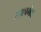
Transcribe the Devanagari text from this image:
शाश्वमेध